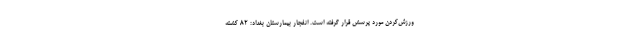
ورزش‌کردن مورد پرسش قرار گرفته است. انفجار بیمارستان بغداد: ۸۲ کشته